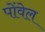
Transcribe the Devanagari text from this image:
पोंवेल